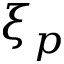
\xi _ { p }